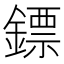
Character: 鏢